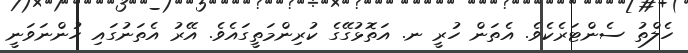
ހެލްތު ސެންޓަރެކެވެ. އެތަން ހުރީ ނ. އަތޮޅުގޭގެ ކުރިންމަތީގައެވެ. އޭރު އެތަނުގައި ހުންނަވަނީ